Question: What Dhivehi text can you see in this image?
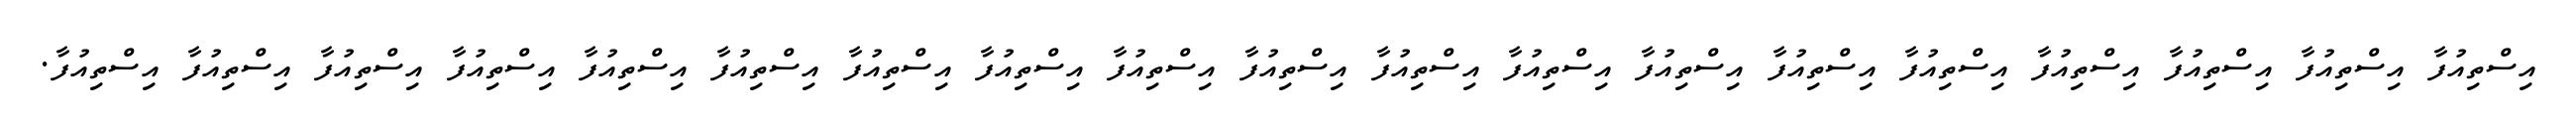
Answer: އިސްތިއުފާ އިސްތިއުފާ އިސްތިއުފާ އިސްތިއުފާ އިސްތިއުފާ އިސްތިއުފާ އިސްތިއުފާ އިސްތިއުފާ އިސްތިއުފާ އިސްތިއުފާ އިސްތިއުފާ އިސްތިއުފާ އިސްތިއުފާ އިސްތިއުފާ އިސްތިއުފާ އިސްތިއުފާ އިސްތިއުފާ އިސްތިއުފާ އިސްތިއުފާ.